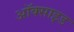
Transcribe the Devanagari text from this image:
अॉक्साइड